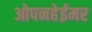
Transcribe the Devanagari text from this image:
ओपनहेईमर